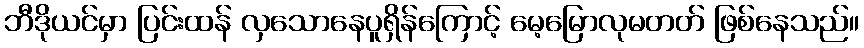
ဘီဒိုယင်မှာ ပြင်းထန် လှသောနေပူရှိန်ကြောင့် မေ့မြောလုမတတ် ဖြစ်နေသည်။